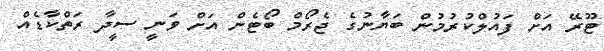
ޓޫރޭ އަށް ފައުލްކުރުމުން ބަޔާނުގެ ޖެރޯމް ބޯޓެން އަށް ވަނީ ސީދާ ރަތްކާޑެއް